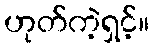
ဟုတ်ကဲ့ရှင့်။